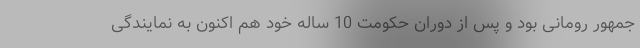
جمهور رومانی بود و پس از دوران حکومت 10 ساله خود هم اکنون به نمایندگی